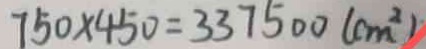
7 5 0 \times 4 5 0 = 3 3 7 5 0 0 ( c m ^ { 2 } )